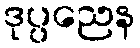
ဒုပ္ပညေန